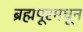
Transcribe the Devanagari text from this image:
ब्रह्मपूरमधून